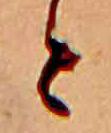
と